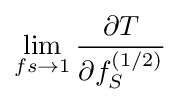
\lim _{fs\to 1}{\frac {\partial T}{\partial f_{S}^{(1/2)}}}